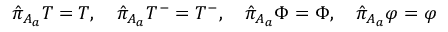
\hat { \pi } _ { A _ { a } } T = T , \quad \hat { \pi } _ { A _ { a } } T ^ { - } = T ^ { - } , \quad \hat { \pi } _ { A _ { a } } \Phi = \Phi , \quad \hat { \pi } _ { A _ { a } } \varphi = \varphi